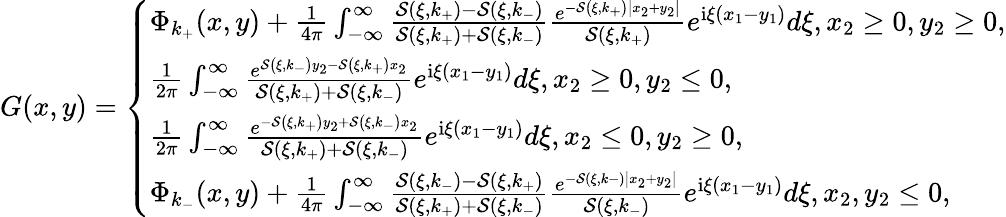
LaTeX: G(x,y)=\left\{ \begin{array}{ll}{\Phi_{k_{+}}(x,y)+\frac{1}{4\pi}\int_{-\infty}^{\infty}\frac{\mathcal{S}\left(\xi,k_{+}\right)-\mathcal{S}\left(\xi,k_{-}\right)}{\mathcal{S}\left(\xi,k_{+}\right)+\mathcal{S}\left(\xi,k_{-}\right)}\frac{e^{-\mathcal{S}\left(\xi,k_{+}\right)\left|x_{2}+y_{2}\right|}}{\mathcal{S}\left(\xi,k_{+}\right)}e^{\mathrm{i}\xi\left(x_{1}-y_{1}\right)}d\xi,x_{2}\geq 0,y_{2}\geq 0,}\\ {\frac{1}{2\pi}\int_{-\infty}^{\infty}\frac{e^{\mathcal{S}\left(\xi,k_{-}\right)y_{2}-\mathcal{S}\left(\xi,k_{+}\right)x_{2}}}{\mathcal{S}\left(\xi,k_{+}\right)+\mathcal{S}\left(\xi,k_{-}\right)}e^{\mathrm{i}\xi\left(x_{1}-y_{1}\right)}d\xi,x_{2}\geq 0,y_{2}\leq 0,}\\ {\frac{1}{2\pi}\int_{-\infty}^{\infty}\frac{e^{-\mathcal{S}\left(\xi,k_{+}\right)y_{2}+\mathcal{S}\left(\xi,k_{-}\right)x_{2}}}{\mathcal{S}\left(\xi,k_{+}\right)+\mathcal{S}\left(\xi,k_{-}\right)}e^{\mathrm{i}\xi\left(x_{1}-y_{1}\right)}d\xi,x_{2}\leq 0,y_{2}\geq 0,}\\ {\Phi_{k_{-}}(x,y)+\frac{1}{4\pi}\int_{-\infty}^{\infty}\frac{\mathcal{S}\left(\xi,k_{-}\right)-\mathcal{S}\left(\xi,k_{+}\right)}{\mathcal{S}\left(\xi,k_{+}\right)+\mathcal{S}\left(\xi,k_{-}\right)}\frac{e^{-\mathcal{S}(\xi,k-)\left|x_{2}+y_{2}\right|}}{\mathcal{S}\left(\xi,k_{-}\right)}e^{\mathrm{i}\xi\left(x_{1}-y_{1}\right)}d\xi,x_{2},y_{2}\leq 0,}\end{array}\right.